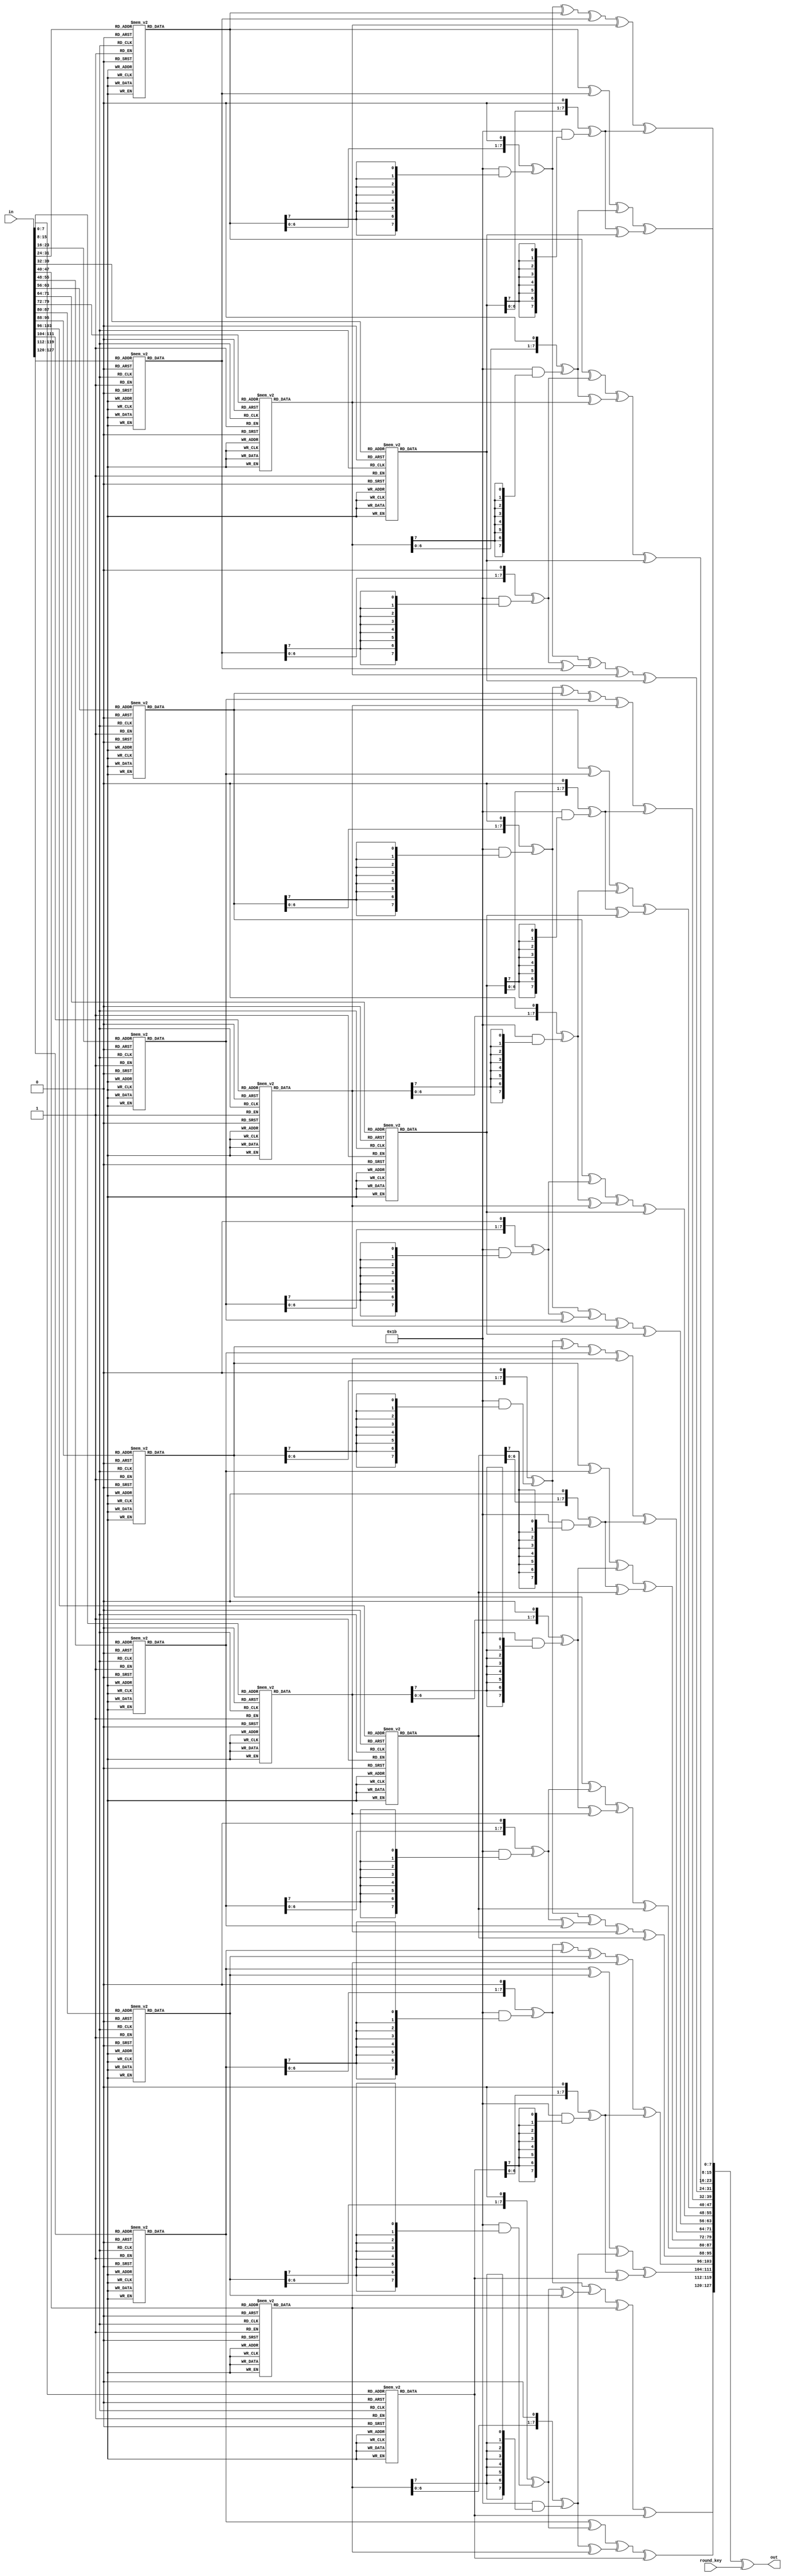
`timescale 1ns / 1ps

module AES_round_func(
                       input  [127 : 0]  in,
                       input  [127 : 0]  round_key,
                       output  [127 : 0] out
                      );

  function [7 : 0] sbox(input [7 : 0] b);
    begin
      case (b)
        8'h00: sbox = 8'h63;
        8'h01: sbox = 8'h7c;
        8'h02: sbox = 8'h77;
        8'h03: sbox = 8'h7b;
        8'h04: sbox = 8'hf2;
        8'h05: sbox = 8'h6b;
        8'h06: sbox = 8'h6f;
        8'h07: sbox = 8'hc5;
        8'h08: sbox = 8'h30;
        8'h09: sbox = 8'h01;
        8'h0a: sbox = 8'h67;
        8'h0b: sbox = 8'h2b;
        8'h0c: sbox = 8'hfe;
        8'h0d: sbox = 8'hd7;
        8'h0e: sbox = 8'hab;
        8'h0f: sbox = 8'h76;
        8'h10: sbox = 8'hca;
        8'h11: sbox = 8'h82;
        8'h12: sbox = 8'hc9;
        8'h13: sbox = 8'h7d;
        8'h14: sbox = 8'hfa;
        8'h15: sbox = 8'h59;
        8'h16: sbox = 8'h47;
        8'h17: sbox = 8'hf0;
        8'h18: sbox = 8'had;
        8'h19: sbox = 8'hd4;
        8'h1a: sbox = 8'ha2;
        8'h1b: sbox = 8'haf;
        8'h1c: sbox = 8'h9c;
        8'h1d: sbox = 8'ha4;
        8'h1e: sbox = 8'h72;
        8'h1f: sbox = 8'hc0;
        8'h20: sbox = 8'hb7;
        8'h21: sbox = 8'hfd;
        8'h22: sbox = 8'h93;
        8'h23: sbox = 8'h26;
        8'h24: sbox = 8'h36;
        8'h25: sbox = 8'h3f;
        8'h26: sbox = 8'hf7;
        8'h27: sbox = 8'hcc;
        8'h28: sbox = 8'h34;
        8'h29: sbox = 8'ha5;
        8'h2a: sbox = 8'he5;
        8'h2b: sbox = 8'hf1;
        8'h2c: sbox = 8'h71;
        8'h2d: sbox = 8'hd8;
        8'h2e: sbox = 8'h31;
        8'h2f: sbox = 8'h15;
        8'h30: sbox = 8'h04;
        8'h31: sbox = 8'hc7;
        8'h32: sbox = 8'h23;
        8'h33: sbox = 8'hc3;
        8'h34: sbox = 8'h18;
        8'h35: sbox = 8'h96;
        8'h36: sbox = 8'h05;
        8'h37: sbox = 8'h9a;
        8'h38: sbox = 8'h07;
        8'h39: sbox = 8'h12;
        8'h3a: sbox = 8'h80;
        8'h3b: sbox = 8'he2;
        8'h3c: sbox = 8'heb;
        8'h3d: sbox = 8'h27;
        8'h3e: sbox = 8'hb2;
        8'h3f: sbox = 8'h75;
        8'h40: sbox = 8'h09;
        8'h41: sbox = 8'h83;
        8'h42: sbox = 8'h2c;
        8'h43: sbox = 8'h1a;
        8'h44: sbox = 8'h1b;
        8'h45: sbox = 8'h6e;
        8'h46: sbox = 8'h5a;
        8'h47: sbox = 8'ha0;
        8'h48: sbox = 8'h52;
        8'h49: sbox = 8'h3b;
        8'h4a: sbox = 8'hd6;
        8'h4b: sbox = 8'hb3;
        8'h4c: sbox = 8'h29;
        8'h4d: sbox = 8'he3;
        8'h4e: sbox = 8'h2f;
        8'h4f: sbox = 8'h84;
        8'h50: sbox = 8'h53;
        8'h51: sbox = 8'hd1;
        8'h52: sbox = 8'h00;
        8'h53: sbox = 8'hed;
        8'h54: sbox = 8'h20;
        8'h55: sbox = 8'hfc;
        8'h56: sbox = 8'hb1;
        8'h57: sbox = 8'h5b;
        8'h58: sbox = 8'h6a;
        8'h59: sbox = 8'hcb;
        8'h5a: sbox = 8'hbe;
        8'h5b: sbox = 8'h39;
        8'h5c: sbox = 8'h4a;
        8'h5d: sbox = 8'h4c;
        8'h5e: sbox = 8'h58;
        8'h5f: sbox = 8'hcf;
        8'h60: sbox = 8'hd0;
        8'h61: sbox = 8'hef;
        8'h62: sbox = 8'haa;
        8'h63: sbox = 8'hfb;
        8'h64: sbox = 8'h43;
        8'h65: sbox = 8'h4d;
        8'h66: sbox = 8'h33;
        8'h67: sbox = 8'h85;
        8'h68: sbox = 8'h45;
        8'h69: sbox = 8'hf9;
        8'h6a: sbox = 8'h02;
        8'h6b: sbox = 8'h7f;
        8'h6c: sbox = 8'h50;
        8'h6d: sbox = 8'h3c;
        8'h6e: sbox = 8'h9f;
        8'h6f: sbox = 8'ha8;
        8'h70: sbox = 8'h51;
        8'h71: sbox = 8'ha3;
        8'h72: sbox = 8'h40;
        8'h73: sbox = 8'h8f;
        8'h74: sbox = 8'h92;
        8'h75: sbox = 8'h9d;
        8'h76: sbox = 8'h38;
        8'h77: sbox = 8'hf5;
        8'h78: sbox = 8'hbc;
        8'h79: sbox = 8'hb6;
        8'h7a: sbox = 8'hda;
        8'h7b: sbox = 8'h21;
        8'h7c: sbox = 8'h10;
        8'h7d: sbox = 8'hff;
        8'h7e: sbox = 8'hf3;
        8'h7f: sbox = 8'hd2;
        8'h80: sbox = 8'hcd;
        8'h81: sbox = 8'h0c;
        8'h82: sbox = 8'h13;
        8'h83: sbox = 8'hec;
        8'h84: sbox = 8'h5f;
        8'h85: sbox = 8'h97;
        8'h86: sbox = 8'h44;
        8'h87: sbox = 8'h17;
        8'h88: sbox = 8'hc4;
        8'h89: sbox = 8'ha7;
        8'h8a: sbox = 8'h7e;
        8'h8b: sbox = 8'h3d;
        8'h8c: sbox = 8'h64;
        8'h8d: sbox = 8'h5d;
        8'h8e: sbox = 8'h19;
        8'h8f: sbox = 8'h73;
        8'h90: sbox = 8'h60;
        8'h91: sbox = 8'h81;
        8'h92: sbox = 8'h4f;
        8'h93: sbox = 8'hdc;
        8'h94: sbox = 8'h22;
        8'h95: sbox = 8'h2a;
        8'h96: sbox = 8'h90;
        8'h97: sbox = 8'h88;
        8'h98: sbox = 8'h46;
        8'h99: sbox = 8'hee;
        8'h9a: sbox = 8'hb8;
        8'h9b: sbox = 8'h14;
        8'h9c: sbox = 8'hde;
        8'h9d: sbox = 8'h5e;
        8'h9e: sbox = 8'h0b;
        8'h9f: sbox = 8'hdb;
        8'ha0: sbox = 8'he0;
        8'ha1: sbox = 8'h32;
        8'ha2: sbox = 8'h3a;
        8'ha3: sbox = 8'h0a;
        8'ha4: sbox = 8'h49;
        8'ha5: sbox = 8'h06;
        8'ha6: sbox = 8'h24;
        8'ha7: sbox = 8'h5c;
        8'ha8: sbox = 8'hc2;
        8'ha9: sbox = 8'hd3;
        8'haa: sbox = 8'hac;
        8'hab: sbox = 8'h62;
        8'hac: sbox = 8'h91;
        8'had: sbox = 8'h95;
        8'hae: sbox = 8'he4;
        8'haf: sbox = 8'h79;
        8'hb0: sbox = 8'he7;
        8'hb1: sbox = 8'hc8;
        8'hb2: sbox = 8'h37;
        8'hb3: sbox = 8'h6d;
        8'hb4: sbox = 8'h8d;
        8'hb5: sbox = 8'hd5;
        8'hb6: sbox = 8'h4e;
        8'hb7: sbox = 8'ha9;
        8'hb8: sbox = 8'h6c;
        8'hb9: sbox = 8'h56;
        8'hba: sbox = 8'hf4;
        8'hbb: sbox = 8'hea;
        8'hbc: sbox = 8'h65;
        8'hbd: sbox = 8'h7a;
        8'hbe: sbox = 8'hae;
        8'hbf: sbox = 8'h08;
        8'hc0: sbox = 8'hba;
        8'hc1: sbox = 8'h78;
        8'hc2: sbox = 8'h25;
        8'hc3: sbox = 8'h2e;
        8'hc4: sbox = 8'h1c;
        8'hc5: sbox = 8'ha6;
        8'hc6: sbox = 8'hb4;
        8'hc7: sbox = 8'hc6;
        8'hc8: sbox = 8'he8;
        8'hc9: sbox = 8'hdd;
        8'hca: sbox = 8'h74;
        8'hcb: sbox = 8'h1f;
        8'hcc: sbox = 8'h4b;
        8'hcd: sbox = 8'hbd;
        8'hce: sbox = 8'h8b;
        8'hcf: sbox = 8'h8a;
        8'hd0: sbox = 8'h70;
        8'hd1: sbox = 8'h3e;
        8'hd2: sbox = 8'hb5;
        8'hd3: sbox = 8'h66;
        8'hd4: sbox = 8'h48;
        8'hd5: sbox = 8'h03;
        8'hd6: sbox = 8'hf6;
        8'hd7: sbox = 8'h0e;
        8'hd8: sbox = 8'h61;
        8'hd9: sbox = 8'h35;
        8'hda: sbox = 8'h57;
        8'hdb: sbox = 8'hb9;
        8'hdc: sbox = 8'h86;
        8'hdd: sbox = 8'hc1;
        8'hde: sbox = 8'h1d;
        8'hdf: sbox = 8'h9e;
        8'he0: sbox = 8'he1;
        8'he1: sbox = 8'hf8;
        8'he2: sbox = 8'h98;
        8'he3: sbox = 8'h11;
        8'he4: sbox = 8'h69;
        8'he5: sbox = 8'hd9;
        8'he6: sbox = 8'h8e;
        8'he7: sbox = 8'h94;
        8'he8: sbox = 8'h9b;
        8'he9: sbox = 8'h1e;
        8'hea: sbox = 8'h87;
        8'heb: sbox = 8'he9;
        8'hec: sbox = 8'hce;
        8'hed: sbox = 8'h55;
        8'hee: sbox = 8'h28;
        8'hef: sbox = 8'hdf;
        8'hf0: sbox = 8'h8c;
        8'hf1: sbox = 8'ha1;
        8'hf2: sbox = 8'h89;
        8'hf3: sbox = 8'h0d;
        8'hf4: sbox = 8'hbf;
        8'hf5: sbox = 8'he6;
        8'hf6: sbox = 8'h42;
        8'hf7: sbox = 8'h68;
        8'hf8: sbox = 8'h41;
        8'hf9: sbox = 8'h99;
        8'hfa: sbox = 8'h2d;
        8'hfb: sbox = 8'h0f;
        8'hfc: sbox = 8'hb0;
        8'hfd: sbox = 8'h54;
        8'hfe: sbox = 8'hbb;
        8'hff: sbox = 8'h16;
      endcase // case (b)
    end
  endfunction // sbox

  function [127 : 0] subbytes(input [127 : 0] block);
    begin
      subbytes = {sbox(block[127 : 120]), sbox(block[119 : 112]),
                  sbox(block[111 : 104]), sbox(block[103 : 096]),
                  sbox(block[095 : 088]), sbox(block[087 : 080]),
                  sbox(block[079 : 072]), sbox(block[071 : 064]),
                  sbox(block[063 : 056]), sbox(block[055 : 048]),
                  sbox(block[047 : 040]), sbox(block[039 : 032]),
                  sbox(block[031 : 024]), sbox(block[023 : 016]),
                  sbox(block[015 : 008]), sbox(block[007 : 000])};
    end
  endfunction 

  function [7 : 0] gm2(input [7 : 0] op);
    begin
      gm2 = {op[6 : 0], 1'b0} ^ (8'h1b & {8{op[7]}});
    end
  endfunction 

  function [7 : 0] gm3(input [7 : 0] op);
    begin
      gm3 = gm2(op) ^ op;
    end
  endfunction 

  function [31 : 0] mixw(input [31 : 0] w);
    reg [7 : 0] b0, b1, b2, b3;
    reg [7 : 0] mb0, mb1, mb2, mb3;
    begin
      b0 = w[31 : 24];
      b1 = w[23 : 16];
      b2 = w[15 : 08];
      b3 = w[07 : 00];

      mb0 = gm2(b0) ^ gm3(b1) ^ b2      ^ b3;
      mb1 = b0      ^ gm2(b1) ^ gm3(b2) ^ b3;
      mb2 = b0      ^ b1      ^ gm2(b2) ^ gm3(b3);
      mb3 = gm3(b0) ^ b1      ^ b2      ^ gm2(b3);

      mixw = {mb0, mb1, mb2, mb3};
    end
  endfunction 

  function [127 : 0] mixcolumns(input [127 : 0] data);
    reg [31 : 0] w0, w1, w2, w3;
    reg [31 : 0] ws0, ws1, ws2, ws3;
    begin
      w0 = data[127 : 096];
      w1 = data[095 : 064];
      w2 = data[063 : 032];
      w3 = data[031 : 000];

      ws0 = mixw(w0);
      ws1 = mixw(w1);
      ws2 = mixw(w2);
      ws3 = mixw(w3);

      mixcolumns = {ws0, ws1, ws2, ws3};
    end
  endfunction // mixcolumns

  function [127 : 0] shiftrows(input [127 : 0] data);
    reg [31 : 0] w0, w1, w2, w3;
    reg [31 : 0] ws0, ws1, ws2, ws3;
    begin
      w0 = data[127 : 096];
      w1 = data[095 : 064];
      w2 = data[063 : 032];
      w3 = data[031 : 000];

      ws0 = {w0[31 : 24], w1[23 : 16], w2[15 : 08], w3[07 : 00]};
      ws1 = {w1[31 : 24], w2[23 : 16], w3[15 : 08], w0[07 : 00]};
      ws2 = {w2[31 : 24], w3[23 : 16], w0[15 : 08], w1[07 : 00]};
      ws3 = {w3[31 : 24], w0[23 : 16], w1[15 : 08], w2[07 : 00]};

      shiftrows = {ws0, ws1, ws2, ws3};
    end
  endfunction 

  function [127 : 0] addroundkey(input [127 : 0] data, input [127 : 0] rkey);
    begin
      addroundkey = data ^ rkey;
    end
  endfunction 


  reg [127 : 0] tmp_out;


  assign out = tmp_out;


  always @(*)
    begin : aes_round
      reg [127 : 0] subbytes_block, shiftrows_block, mixcolumns_block;

      subbytes_block   = subbytes(in);
      shiftrows_block  = shiftrows(subbytes_block);
      mixcolumns_block = mixcolumns(shiftrows_block);
      tmp_out          = addroundkey(mixcolumns_block, round_key);
    end 
endmodule